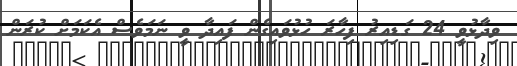
ވިދާޅުވީ 24 ގަޑިއިރު ފިހާރަ ހުޅުވައިގެން ފައިދާ ވީ ނަމަވެސް އެކަމަށް ކުރަން